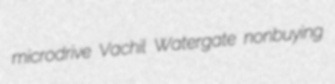
microdrive Vachil Watergate nonbuying